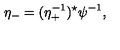
\eta _ { - } = ( \eta _ { + } ^ { - 1 } ) ^ { \star } \psi ^ { - 1 } ,